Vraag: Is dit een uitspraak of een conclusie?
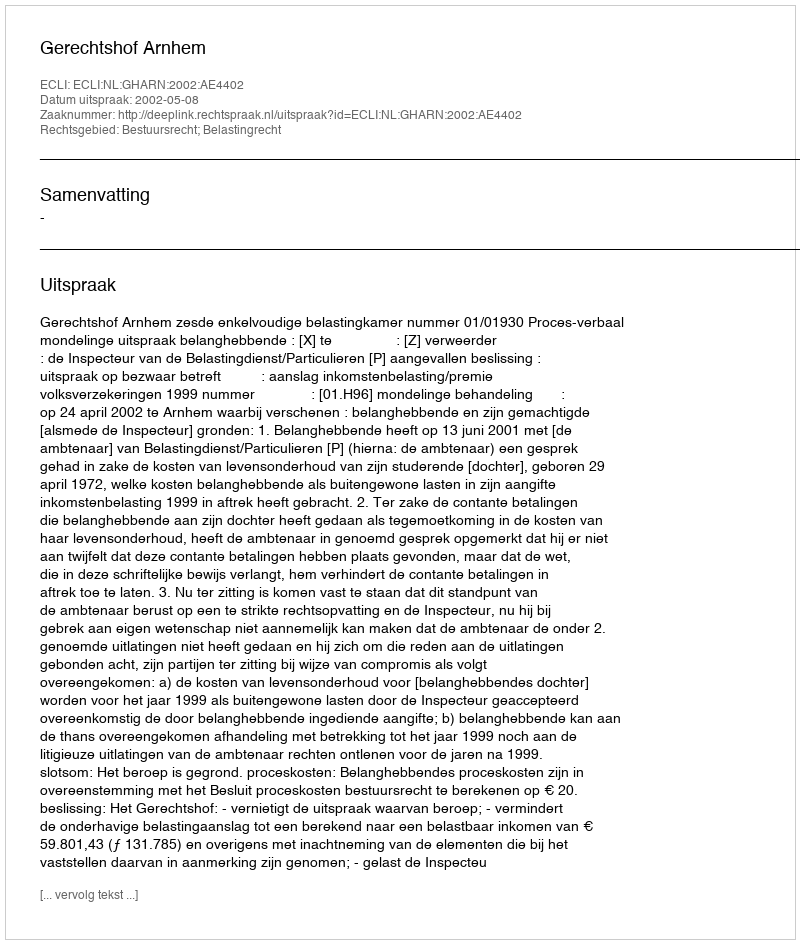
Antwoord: Uitspraak